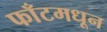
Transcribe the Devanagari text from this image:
फाँटमधून